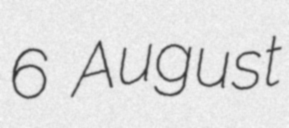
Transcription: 6 August